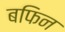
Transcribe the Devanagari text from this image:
बफिन